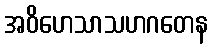
အဝိဟေသာသဟဂတေန